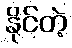
နိုင်တဲ့